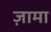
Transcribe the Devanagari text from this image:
ज़ामा